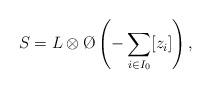
LaTeX: \begin{align*}S = L \otimes \O\left(-\sum_{i \in I_0} [z_i] \right),\end{align*}